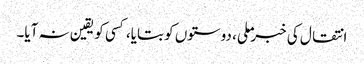
انتقال کی خبر ملی، دوستوں کو بتایا، کسی کو یقین نہ آیا۔